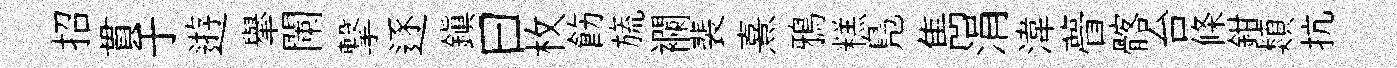
招貫于逰𦦙闌撃逐鎭曰枚飭旒襴裴熹鴉糕鳬雋涓湋瞢髂台條鉗類抗